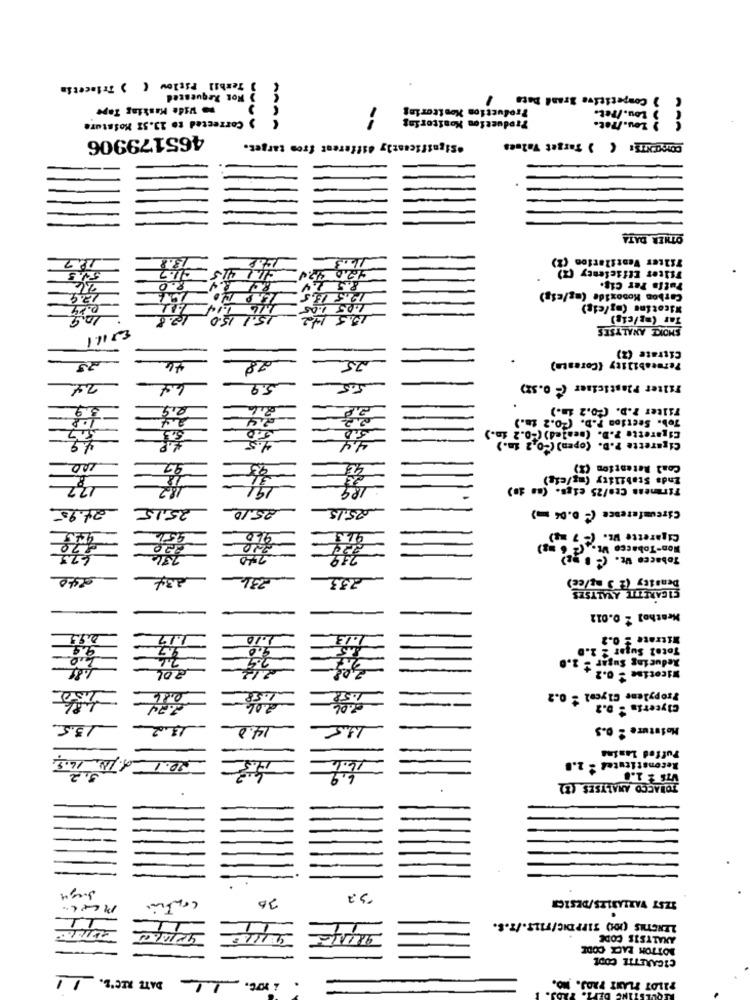
) Texbil Pselow ( ) Triacetin
Hot Requested
) Competitive Brand Date
wo Wide Masking Tape
ction Monitoring
Pro
Production Monitoring
Lou./Tet.
Corrected to 13.52 Moisture
465179906
AAAA
.Significantly different from target.
COMOENTS: ( ) Target Values
OTHER DATA
Filter Ventilation (2)
11.7
12.0 47
Filter Efficiency (1)
8.5 2
8.0
RC 8.4.
12.5 13,5
Carbon Monoxide (mg/cig)
Tutto Per Cis.
12.9
$4
1.05 1.05
Nicotine (mg/cig)
12.8
15.1 150
15.5 142
Tar (ag/cig)
SMOKE ANALYSES
Citrate (Z)
Permeability {Coreatm)
28
25
24
3.9
5,5
Filter Plasticiser (- 0.32)
3.9
2,9
Filter 2.D. (40.2 in.)
1.2
Tob. Section P.D. (0.2 1m.)
Cigarette P.D. (sea]=4) (-0.2 in.)
5.3
50
Cigarette P.D. (open) (-0,2 in.)
200
92
95
48
Coal Retention (X)
Enda Stability (mg/cig)
182
191
189
Firmness Cto/25 cigs. (as 10)
24.95
25.10
25.15
Circumference (- 0.06 )
25,15
960
Cigarette WE. (- 7 14)
220
220
Non-Tobacco Wt.
220
Tobacco WE. (- B 2)
240
233
Density (2 5 mg/ce)
CIGARETTE ANALYSES
Neathol 2 0.012
1.17
1.10
1.13
Nitrate 2 0.2
9.7
9.0
8.5
Total Super - 3.0
2.0
2.4
Reducing Sugar - 2.0
1.85
Wicotise = 0.2+0
201
Propylene Glycol $ 0.2
2.24
2.06
Glycerin = D.2
13.5
18.2
14.0
Moisture 2 0.5
Puffed Lanina
0.14. 14.5.
Reconstituted : 2.0
16.6
6,9
VIS & 1.0
TOBACCO ANALYSES (3)
32
IZST VARIABLES/DESICH
confine
-11
11
1
LENGTHS (OU) ZIPPDIC/FILE./T.S.
ANALYSIS CODE
BOTTON RACK CODE
CIGARETTE CODE
DATE RECE.1
PILOT PLANT PROJ.
.